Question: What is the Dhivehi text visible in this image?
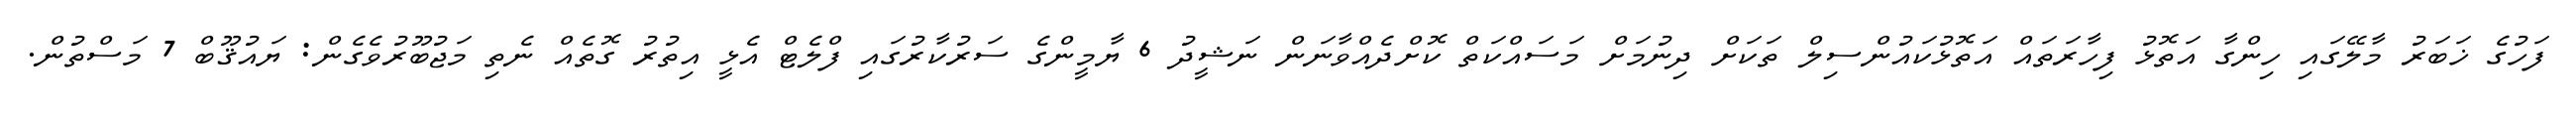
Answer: ފަހުގެ ޚަބަރު މާލޭގައި ހިންގާ އަތޮޅު ފިހާރަތައް އަތޮޅުކައުންސިލް ތަކަށް ދިނުމަށް މަސައްކަތް ކޮށްދެއްވާނަން ނަޝީދު 6 ޔާމީންގެ ސަރުކާރުގައި ފްލެޓް އެޅީ އިތުރު ގޮތެއް ނެތި މަޖުބޫރުވެގެން: ޔައުޤޫބް 7 މަސްތުން.